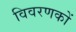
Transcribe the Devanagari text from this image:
विवरणकों